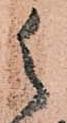
御